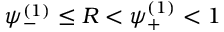
\psi _ { - } ^ { ( 1 ) } \leq R < \psi _ { + } ^ { ( 1 ) } < 1